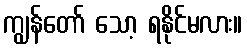
ကျွန်တော် သော့ ရနိုင်မလား။